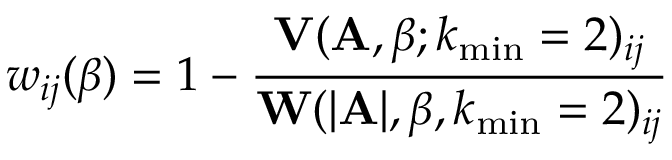
w _ { i j } ( \beta ) = 1 - \frac { \mathbf { V } ( \mathbf { A } , \beta ; k _ { \operatorname* { m i n } } = 2 ) _ { i j } } { \mathbf { W } ( | \mathbf { A } | , \beta , k _ { \operatorname* { m i n } } = 2 ) _ { i j } }